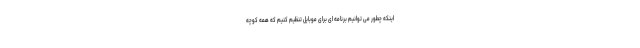
اینکه چطور می توانیم برنامه ای برای موبایل تنظیم کنیم که همه کوچه